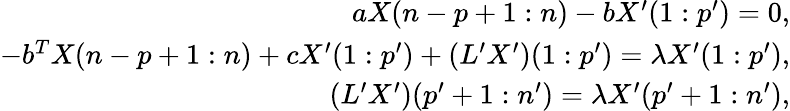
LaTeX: \begin{array}{r}{aX(n-p+1:n)-bX^{\prime}(1:p^{\prime})=0,}\\ {-b^{T}X(n-p+1:n)+cX^{\prime}(1:p^{\prime})+(L^{\prime}X^{\prime})(1:p^{\prime})=\lambda X^{\prime}(1:p^{\prime}),}\\ {(L^{\prime}X^{\prime})(p^{\prime}+1:n^{\prime})=\lambda X^{\prime}(p^{\prime}+1:n^{\prime}),}\end{array}